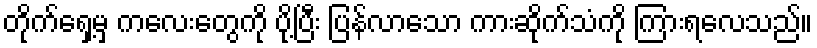
တိုက်ရှေ့မှ ကလေးတွေကို ပို့ပြီး ပြန်လာသော ကားဆိုက်သံကို ကြားရလေသည်။